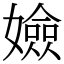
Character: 嬐